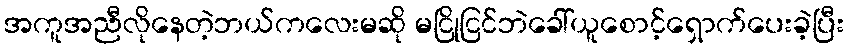
အကူအညီလိုနေတဲ့ဘယ်ကလေးမဆို မငြိုငြင်ဘဲခေါ်ယူစောင့်ရှောက်ပေးခဲ့ပြီး